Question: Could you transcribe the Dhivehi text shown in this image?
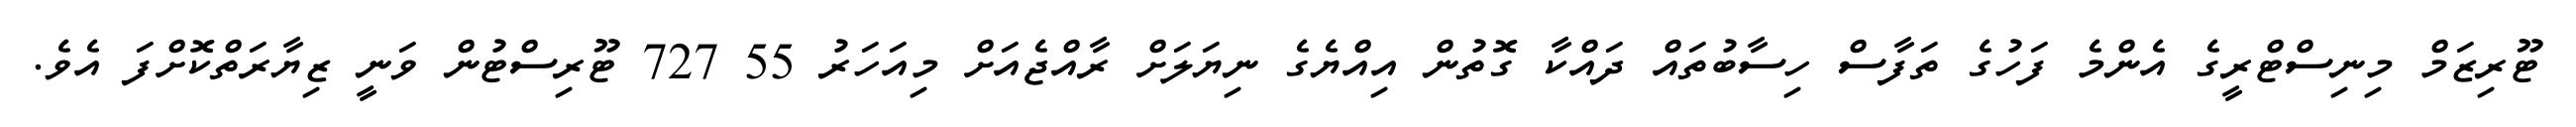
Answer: ޓޫރިޒަމް މިނިސްޓްރީގެ އެންމެ ފަހުގެ ތަފާސް ހިސާބުތައް ދައްކާ ގޮތުން އިއްޔެގެ ނިޔަލަށް ރާއްޖެއަށް މިއަހަރު 55 727 ޓޫރިސްޓުން ވަނީ ޒިޔާރަތްކޮށްފަ އެވެ.